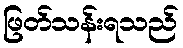
ဖြတ်သန်းရသည်